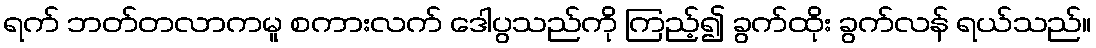
ရက် ဘတ်တလာကမူ စကားလက် ဒေါပွသည်ကို ကြည့်၍ ခွက်ထိုး ခွက်လန် ရယ်သည်။